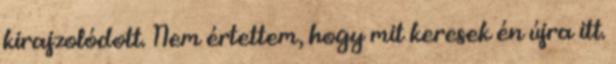
kirajzolódott. Nem értettem, hogy mit keresek én újra itt.